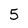
Character: 5